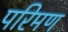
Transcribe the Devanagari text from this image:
परिमण